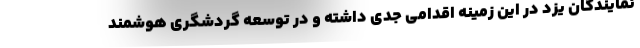
نمایندگان یزد در این زمینه اقدامی جدی داشته و در توسعه گردشگری هوشمند